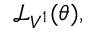
{ \mathcal { L } } _ { V ^ { 1 } } ( \theta ) ,